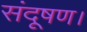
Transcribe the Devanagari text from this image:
संदूषण।